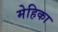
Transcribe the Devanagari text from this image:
मेहिका